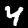
Digit: 4